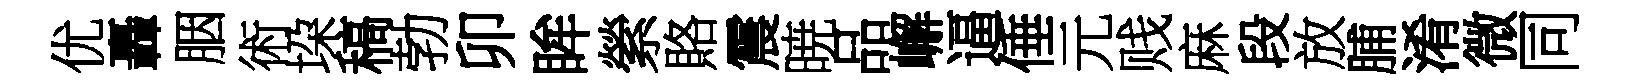
优轟胭術垜稿勃卯眸縈賂震暁品嶰逼倕元贱麻段放脯淆微同